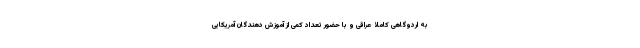
به اردوگاهی کاملا عراقی و با حضور تعداد کمی از آموزش دهندگان آمریکایی